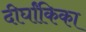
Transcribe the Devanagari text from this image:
दीर्घांकिका